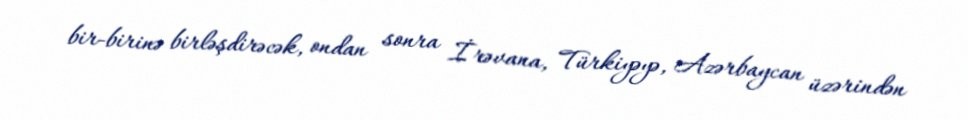
bir-birinə birləşdirəcək, ondan sonra İrəvana, Türkiyəyə, Azərbaycan üzərindən